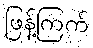
ဖြန့်ကြက်